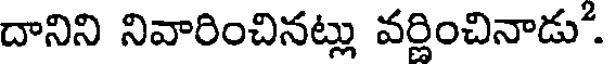
దానిని నివారించినట్లు వర్ణించినాడు.